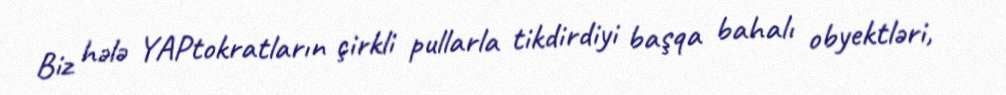
Biz hələ YAPtokratların çirkli pullarla tikdirdiyi başqa bahalı obyektləri,